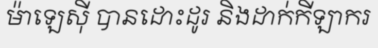
ម៉ាឡេស៊ី បានដោះដូរ និងដាក់កីឡាករ